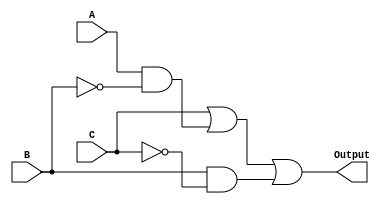
module simplified_logic (
    input wire A,
    input wire B,
    input wire C,
    output wire Output
);

// Intermediate signals for multi-level logic
wire term1; // C
wire term2; // A & ~B
wire term3; // B & ~C

// Logic implementation
assign term1 = C; // First term
assign term2 = A & ~B; // Second term
assign term3 = B & ~C; // Third term

// Final output combining all terms
assign Output = term1 | term2 | term3; // ORing all the terms

endmodule